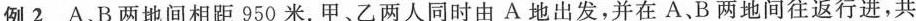
例2A B两地间相距950米。甲、乙两人同时由A地出发，并在A、B两地间往返行进，共